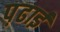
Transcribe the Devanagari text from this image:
प़ढाई